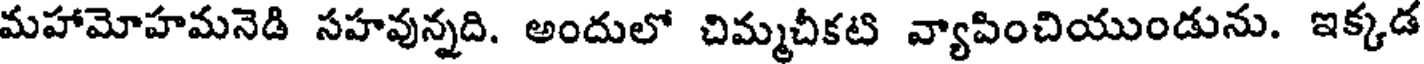
మహామోహమనెడి సహవున్నది. అందులో చిమ్మచీకటి వ్యాపించియుండును. ఇక్కడ